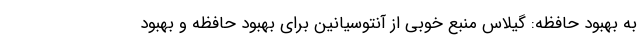
به بهبود حافظه: گیلاس منبع خوبی از آنتوسیانین برای بهبود حافظه و بهبود